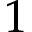
1